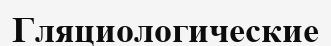
Гляциологические